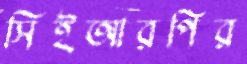
সিইআরপির